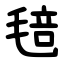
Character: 毰